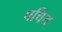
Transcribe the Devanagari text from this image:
पचिय